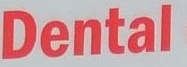
Dental